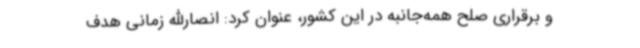
و برقراری صلح همه‌جانبه در این کشور، عنوان کرد: انصارالله زمانی هدف